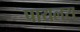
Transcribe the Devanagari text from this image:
पायलस